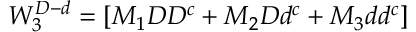
W _ { 3 } ^ { D - d } = [ M _ { 1 } D D ^ { c } + M _ { 2 } D d ^ { c } + M _ { 3 } d d ^ { c } ]